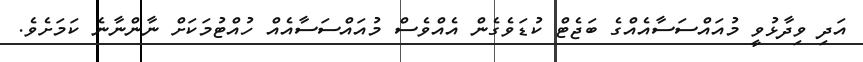
އަދި ވިދާޅުވީ މުއައްސަސާއެއްގެ ބަޖެޓް ކުޑަވެގެން އެއްވެސް މުއައްސަސާއެއް ހުއްޓުމަކަށް ނާންނާނެ ކަމަަށެވެ.